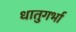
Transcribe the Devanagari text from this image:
धातुगर्भा